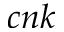
c n k